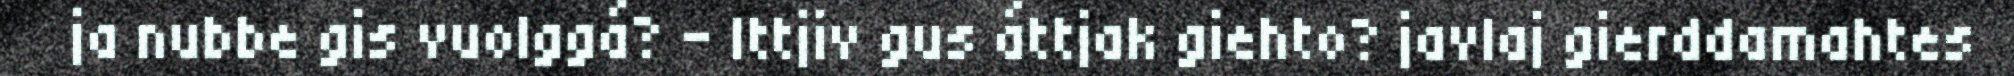
ja nubbe gis vuolggá? – Ittjiv gus áttjak giehto? javlaj gierddamahtes